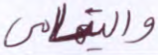
واليتامى